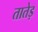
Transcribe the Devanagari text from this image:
तातेड़